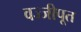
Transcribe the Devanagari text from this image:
वज्जीपूत